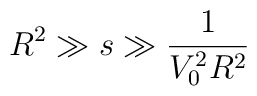
R^{2}\gg s\gg \frac{1}{V_{0}^{2}R^{2}}